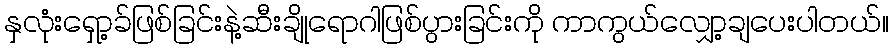
နှလုံးရှော့ခ်ဖြစ်ခြင်းနဲ့ဆီးချိုရောဂါဖြစ်ပွားခြင်းကို ကာကွယ်လျှော့ချပေးပါတယ်။